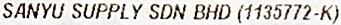
SANYU SUPPLY SDN BHD (1135772-K)